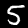
Digit: 5